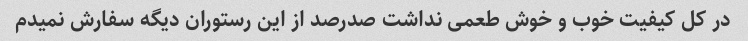
در کل کیفیت خوب و خوش طعمی نداشت صدرصد از این رستوران دیگه سفارش نمیدم